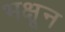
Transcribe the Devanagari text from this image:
भक्षून